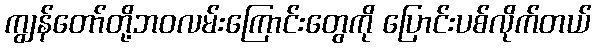
ကျွန်တော်တို့ဘဝလမ်းကြောင်းတွေကို ပြောင်းပစ်လိုက်တယ်